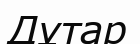
Дұтар